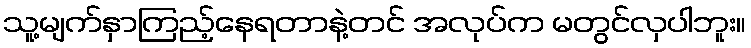
သူ့မျက်နှာကြည့်နေရတာနဲ့တင် အလုပ်က မတွင်လှပါဘူး။